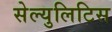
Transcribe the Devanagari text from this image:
सेल्युलिटिस